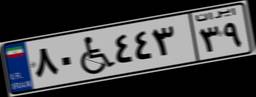
۸۰W۴۴۳۳۹